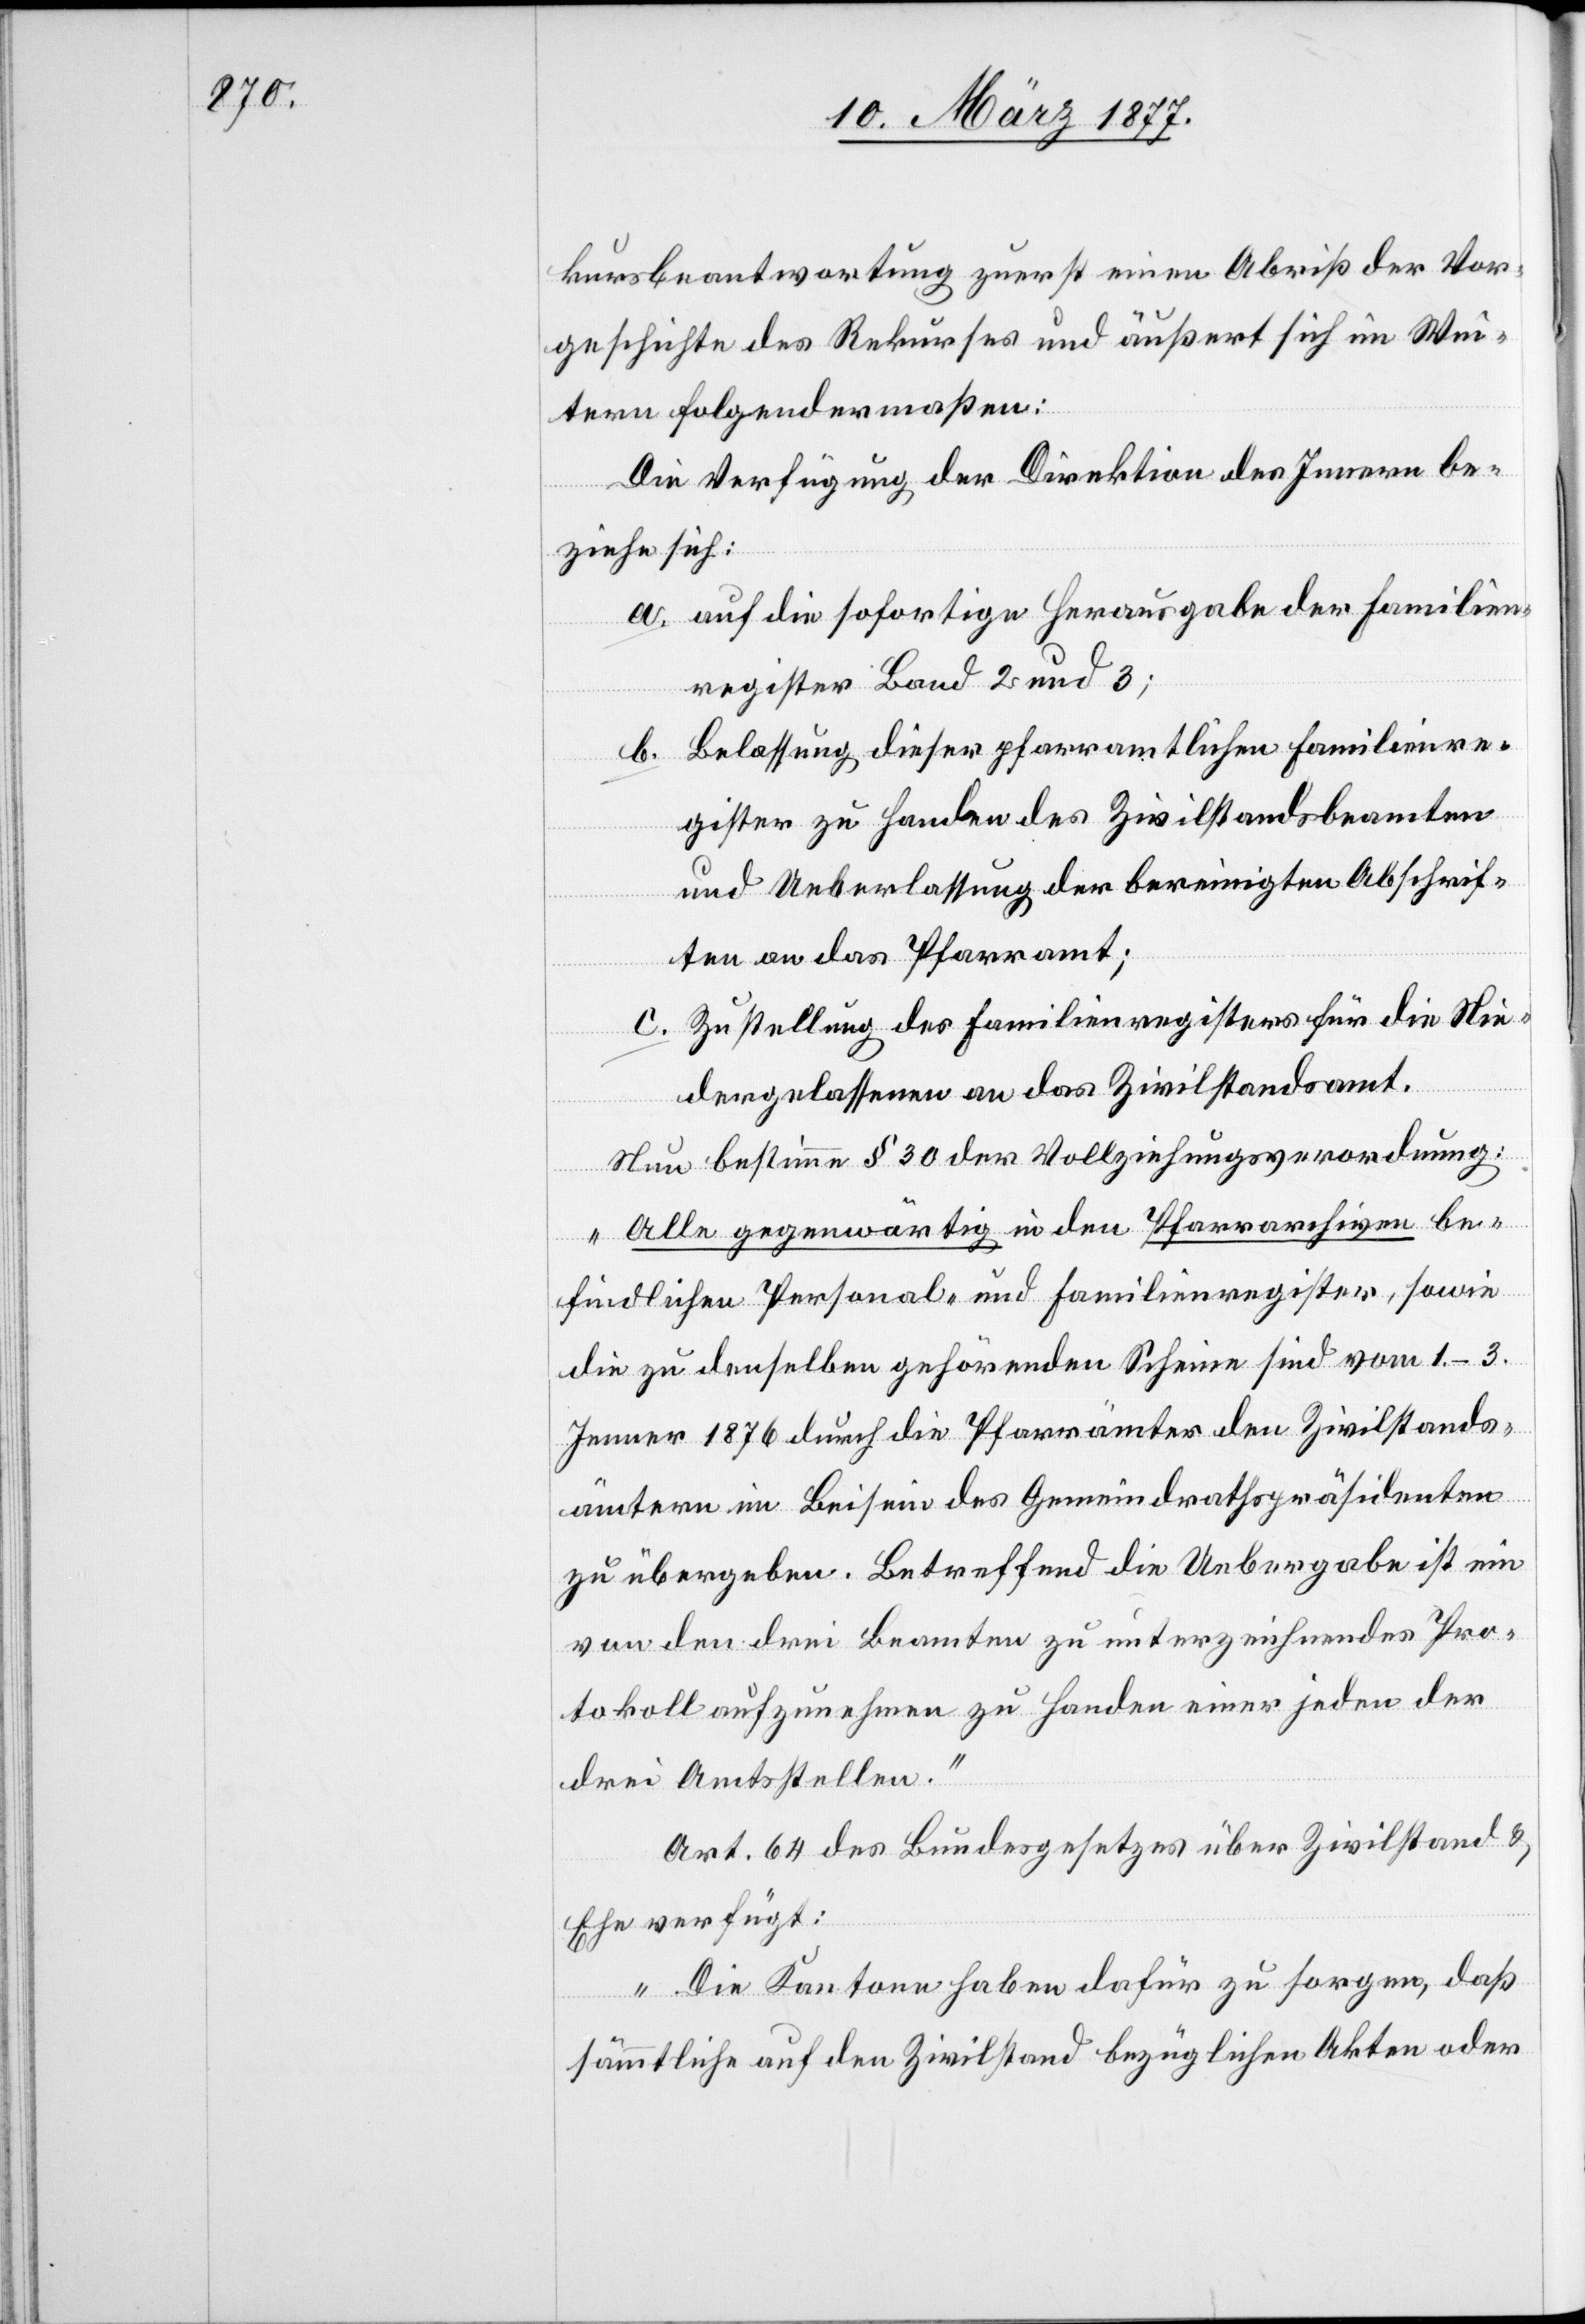
kursbeantwortung zuerst einen Abriß der Vor¬
geschichte des Rekurses und äußert sich im Wei¬
tern folgendermaßen:
Die Verfügung der Direktion des Innern be¬
ziehe sich:
a. auf die sofortige Herausgabe der Familien¬
register Band 2 und 3;
b. Belassung dieser pfarramtlichen Familienre¬
gister zu Handen des Zivilstandsbeamten
und Ueberlassung der bereinigten Abschrif¬
ten an das Pfarramt;
c. Zustellung des Familienregisters für die Nie¬
dergelassenen an das Zivilstandsamt.
Nun bestimme § 30 der Vollziehungsverordnung:
„Alle gegenwärtig in den Pfarrarchiven be¬
findlichen Personal- und Familienregister, sowie
die zu denselben gehörenden Scheine sind vom 1.–3.
Jenner 1876 durch die Pfarrämter den Zivilstands¬
ämtern im Beisein des Gemeindrathspräsidenten
zu übergeben. Betreffend die Uebergabe ist ein
von den drei Beamten zu unterzeichnendes Pro¬
tokoll aufzunehmen zu Handen einer jeden der
drei Amtsstellen.“
Art. 64 des Bundesgesetzes über Zivilstand &
Ehe verfügt:
„ Die Kantone haben dafür zu sorgen, daß
sämmtliche auf den Zivilstand bezüglichen Akten oder